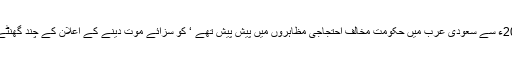
یہ واقعات 56سالہ عالم دین نمرالنمر جو ایک کلیدی شخصیت ہیں جو 2011ء سے سعودی عرب میں حکومت مخالف احتجاجی مظاہروں میں پیش پیش تھے ‘ کو سزائے موت دینے کے اعلان کے چند گھنٹے بعد ہی ایران میں ملک گیر سطح پر مخالف سعودی احتجاج شروع ہوگیا ۔